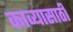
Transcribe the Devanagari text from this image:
काव्यासाठी